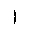
Letter: _alif